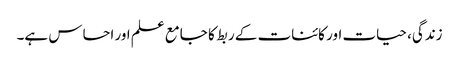
زندگی، حیات اور کائنات کے ربط کا جامع علم اور احساس ہے۔